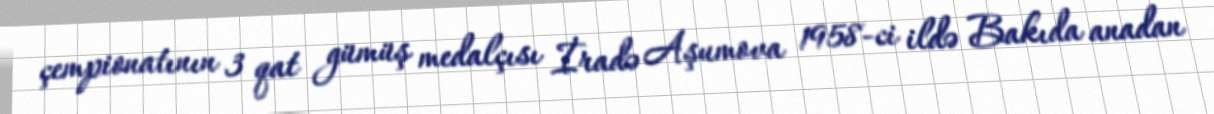
çempionatının 3 qat gümüş medalçısı İradə Aşumova 1958-ci ildə Bakıda anadan